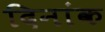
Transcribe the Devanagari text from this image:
दिनांक